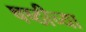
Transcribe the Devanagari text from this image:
षष्ठीच्या